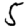
Digit: 5